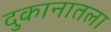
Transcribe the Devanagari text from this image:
दुकानातला